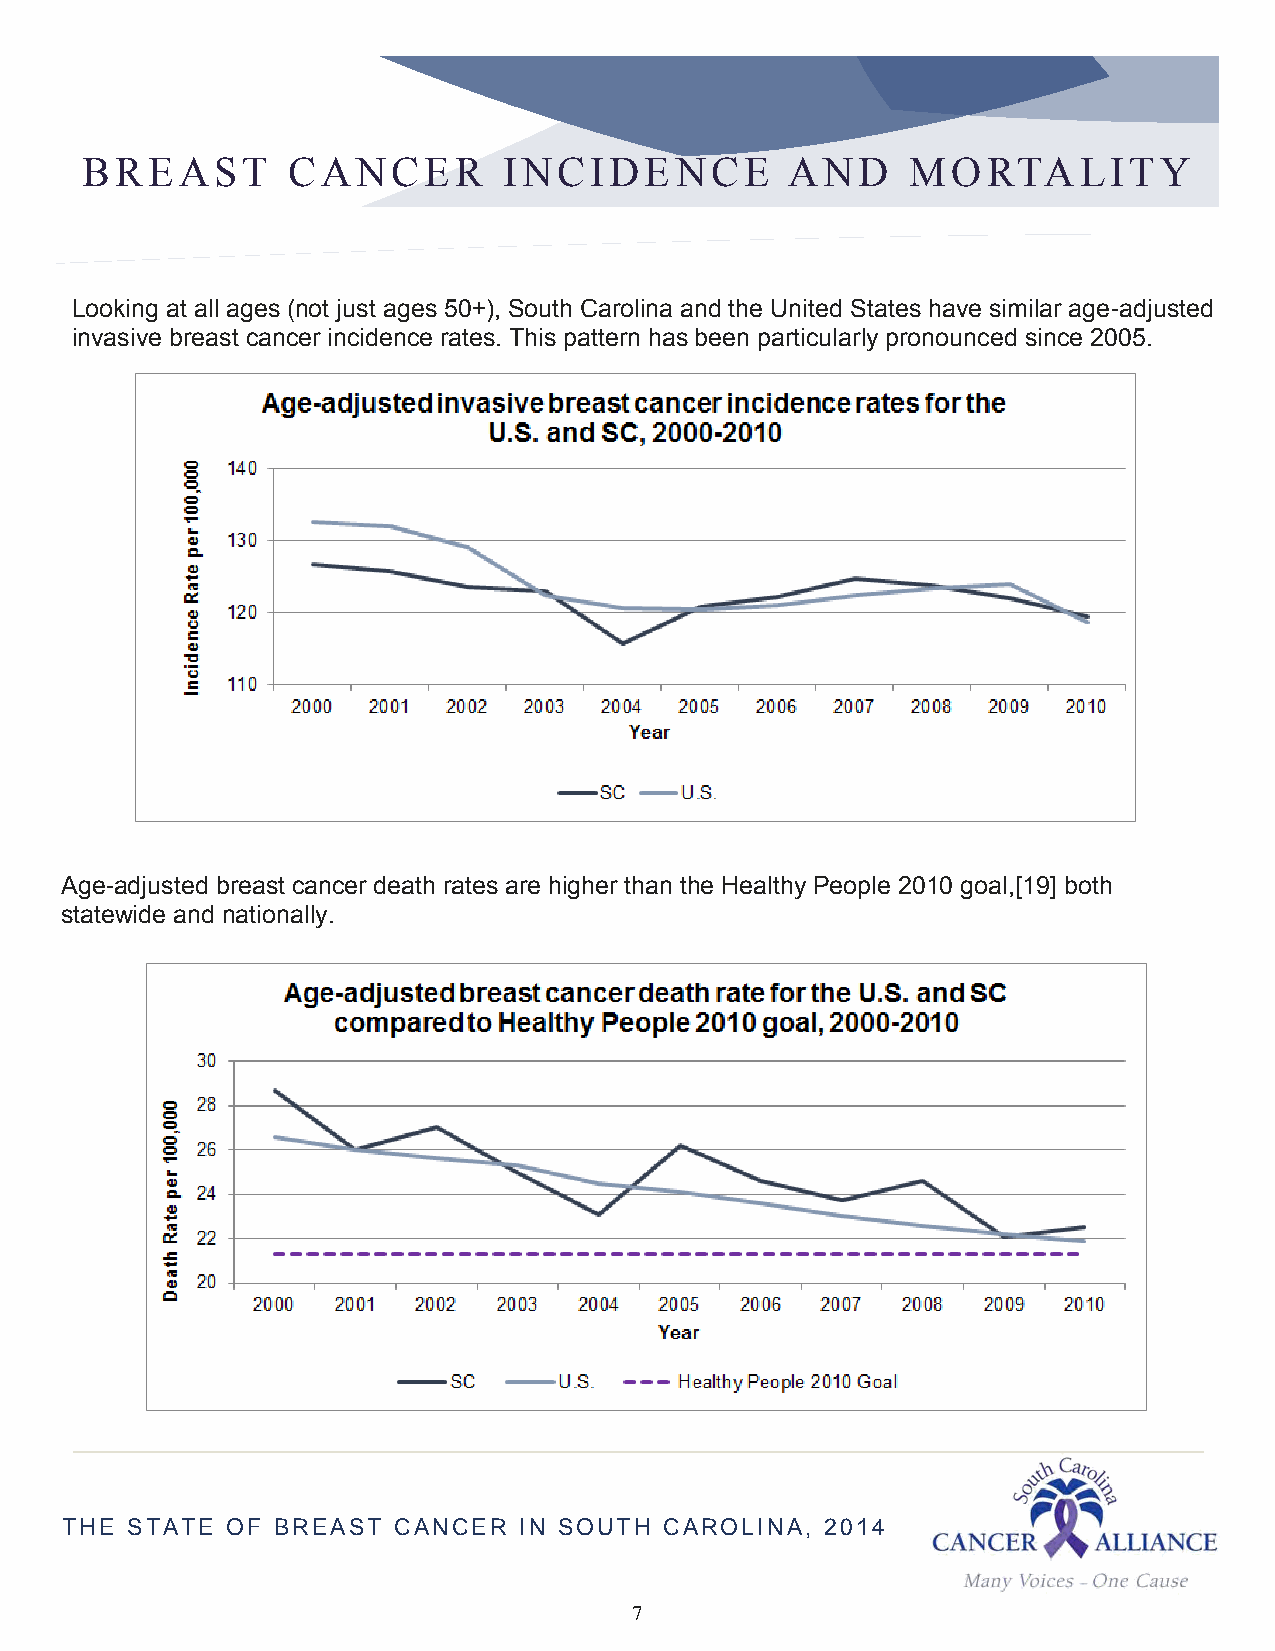
BREAST        CANCER        INCIDENCE          AND     MORTALITY
 Looking at all ages (not just ages 50+), South Carolina and the United States have similar age-adjusted
 invasive breast cancer incidence rates. This pattern has been particularly pronounced since 2005.
 Age-adjusted breast cancer death rates are higher than the Healthy People 2010 goal,[19] both
 statewide and nationally.
 THE STATE  OF BREAST  CANCER  IN SOUTH  CAROLINA,  2014
 7